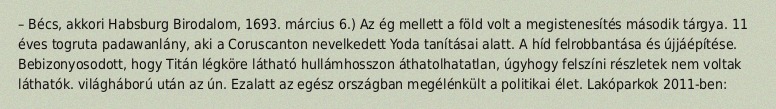
– Bécs, akkori Habsburg Birodalom, 1693. március 6.) Az ég mellett a föld volt a megistenesítés második tárgya. 11 éves togruta padawanlány, aki a Coruscanton nevelkedett Yoda tanításai alatt. A híd felrobbantása és újjáépítése. Bebizonyosodott, hogy Titán légköre látható hullámhosszon áthatolhatatlan, úgyhogy felszíni részletek nem voltak láthatók. világháború után az ún. Ezalatt az egész országban megélénkült a politikai élet. Lakóparkok 2011-ben: